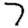
Digit: 7